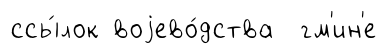
ссы́лок воjево́дства гм'ин'е